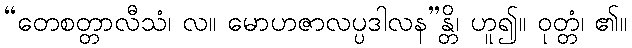
“တေစတ္တာလီသံ၊ လ။ မောဟဇာလပ္ပဒါလန”န္တိ၊ ဟူ၍။ ဝုတ္တံ၊ ၏။